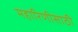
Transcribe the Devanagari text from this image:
महारिणीसाठी